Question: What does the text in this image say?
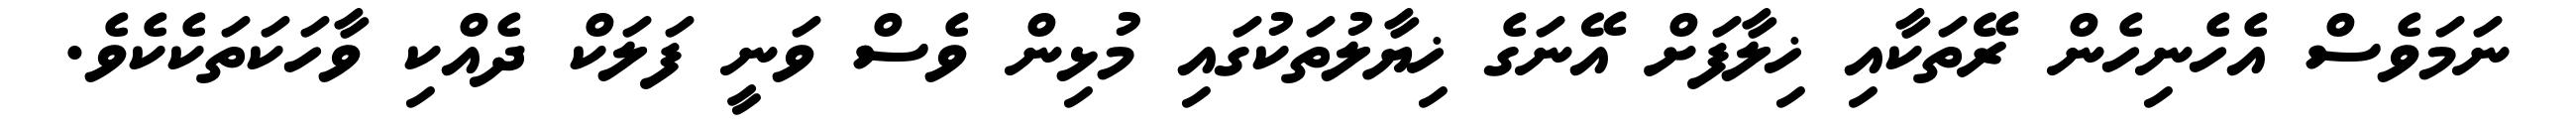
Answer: ނަމަވެސް އެހެނިހެން ރޭތަކާއި ޚިލާފަށް އޭނަގެ ޚިޔާލުތަކުގައި މުޅިން ވެސް ވަނީ ފަލަކް ދެއްކި ވާހަކަތަކެކެވެ.